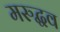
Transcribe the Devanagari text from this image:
मरुद्धव